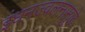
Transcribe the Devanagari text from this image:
इंधनज्वलनामुळे